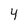
Character: 4